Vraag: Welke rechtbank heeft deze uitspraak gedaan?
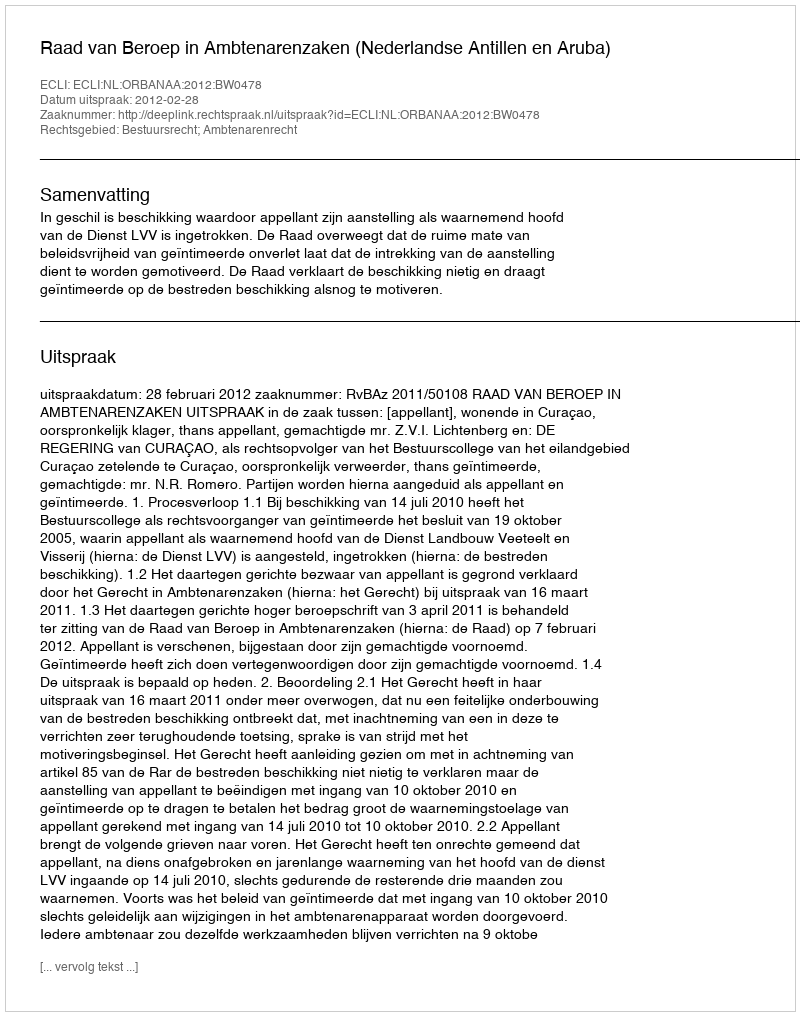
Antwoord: Raad van Beroep in Ambtenarenzaken (Nederlandse Antillen en Aruba)